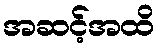
အဆင့်အထိ